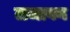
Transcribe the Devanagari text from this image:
लजावन